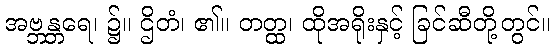
အဗ္ဘန္တရေ၊ ၌။ ဌိတံ၊ ၏။ တတ္ထ၊ ထိုအရိုးနှင့် ခြင်ဆီတို့တွင်။